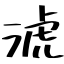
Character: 淲